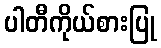
ပါတီကိုယ်စားပြု